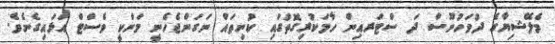
މެލޭޝިޔާގެ ދުވަހުނޫސް ދަ ސްޓަރއިން ހާމަކުރިގޮތުގައި ކުނިތައް ނަގަންޖެހެނީ މަންކީ ވެސްޓް އަޅައިގެނެވެ.